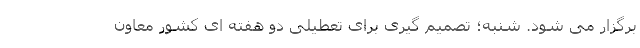
برگزار می شود. شنبه؛ تصمیم گیری براى تعطیلی دو هفته ای كشور معاون